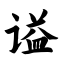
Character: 谥